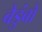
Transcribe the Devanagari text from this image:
बैडुंबों